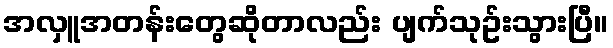
အလှူအတန်းတွေဆိုတာလည်း ပျက်သုဥ်းသွားပြီ။